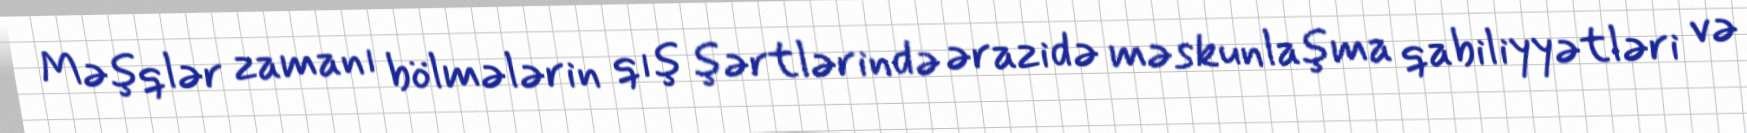
Məşqlər zamanı bölmələrin qış şərtlərində ərazidə məskunlaşma qabiliyyətləri və